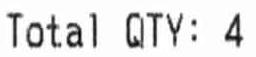
TOTAL QTY: 4